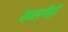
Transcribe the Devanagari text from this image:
काल्गैरी